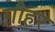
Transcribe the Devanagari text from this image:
ग़ौहर